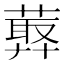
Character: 𦻡